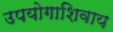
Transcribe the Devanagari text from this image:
उपयोगाशिवाय